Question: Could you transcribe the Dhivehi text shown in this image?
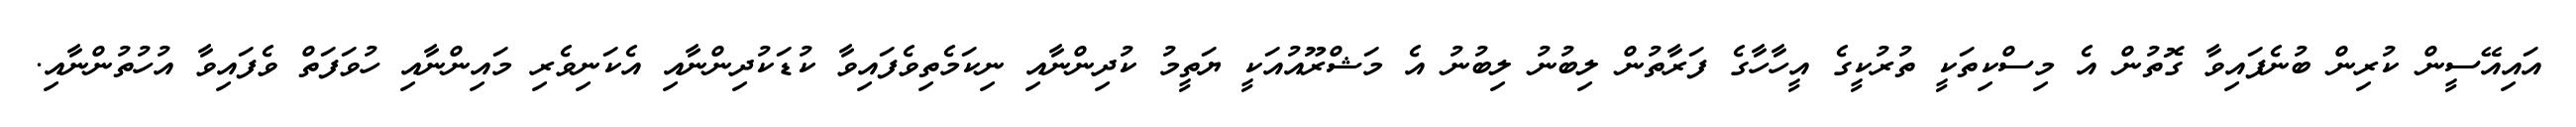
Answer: އައިއޭސީން ކުރިން ބުނެފައިވާ ގޮތުން އެ މިސްކިތަކީ ތުރުކީގެ އީހާހާގެ ފަރާތުން ލިބުނު ލިބުނު އެ މަޝްރޫއުއަކީ ޔަތީމު ކުދިންނާއި ނިކަމެތިވެފައިވާ ކުޑަކުދިންނާއި އެކަނިވެރި މައިންނާއި ހުވަފަތް ވެފައިވާ އުހުތުންނާއި.